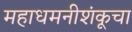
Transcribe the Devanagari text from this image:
महाधमनीशंकूचा